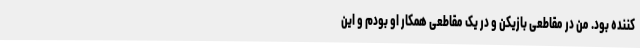
کننده بود. من در مقاطعی بازیکن و در یک مقاطعی همکار او بودم و این